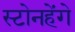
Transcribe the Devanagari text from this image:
स्टोनहेंगे